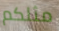
مثلكم